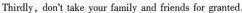
Thirdly, don't take your family and friends for granted .